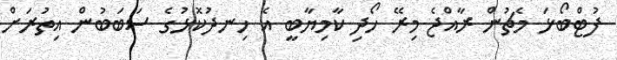
ފުޓްބޯޅަ މެޗުން ރާއްޖެ މިރޭ ހޯދި ކާމިޔާބީ އެ ހިނދުކޮޅުގެ ސަބަބުން އިތުރަށް